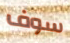
سوف